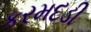
કરમદડી